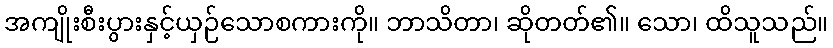
အကျိုးစီးပွားနှင့်ယှဉ်သောစကားကို။ ဘာသိတာ၊ ဆိုတတ်၏။ သော၊ ထိသူသည်။